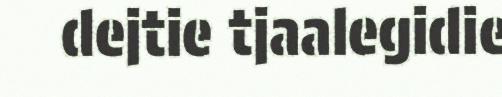
dejtie tjaalegidie